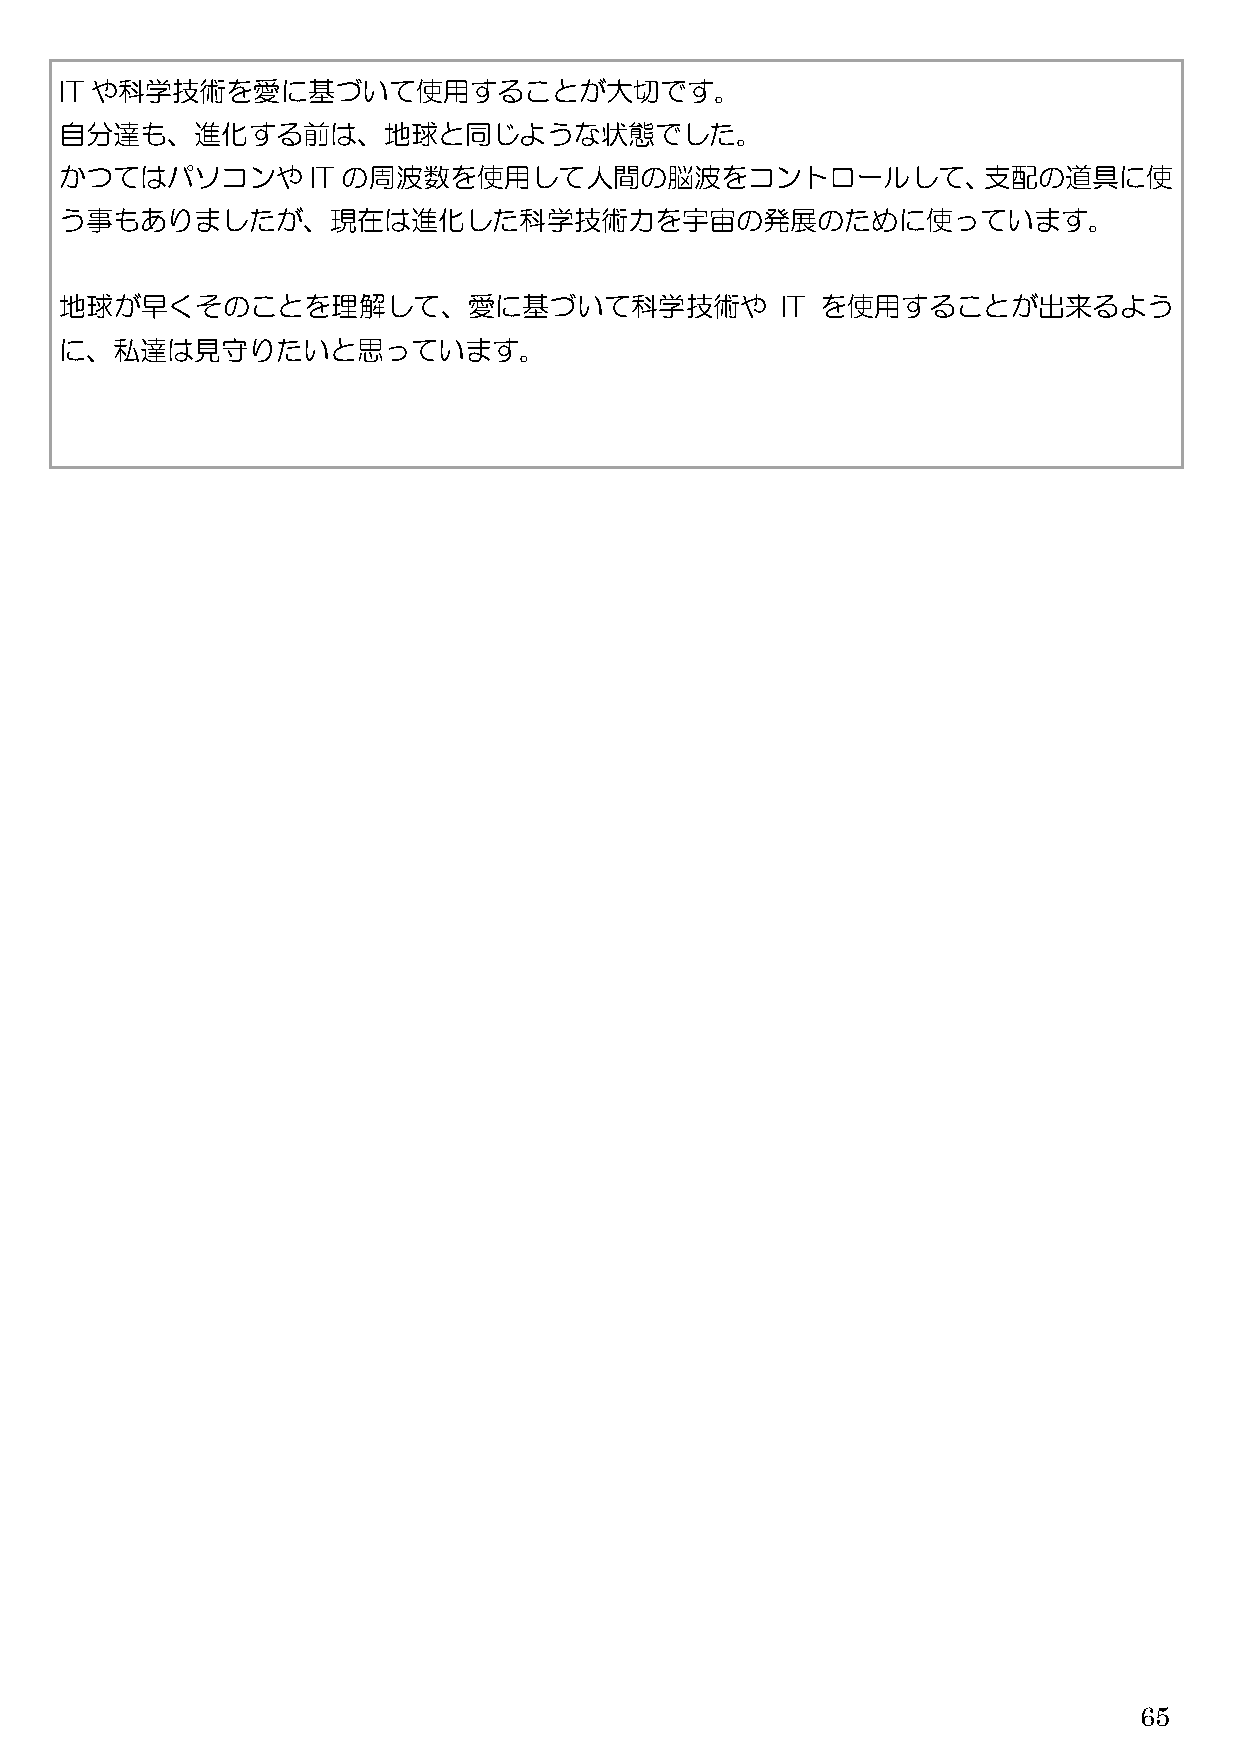
IT や科学技術を愛に基づいて使用することが大切です。
 自分達も、進化する前は、地球と同じような状態でした。
 かつてはパソコンや       IT の周波数を使用して人間の脳波をコントロールして、支配の道具に使
 う事もありましたが、現在は進化した科学技術力を宇宙の発展のために使っています。
 地球が早くそのことを理解して、愛に基づいて科学技術や                      IT を使用することが出来るよう
 に、私達は見守りたいと思っています。
 65